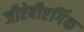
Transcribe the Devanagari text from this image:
जीऐबीएर्गिक